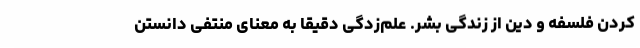
کردن فلسفه و دین از زندگی بشر. علم‌زدگی دقیقا به معنای منتفی دانستن